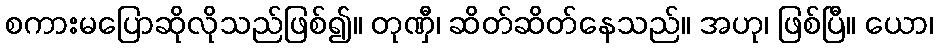
စကားမပြောဆိုလိုသည်ဖြစ်၍။ တုဏှီ၊ ဆိတ်ဆိတ်နေသည်။ အဟု၊ ဖြစ်ပြီ။ ယော၊